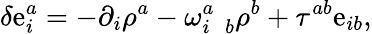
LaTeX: \delta\mathrm{e}_{i}^{a}=-\partial_{i}\rho^{a}-\omega_{i\; \; b}^{a}\rho^{b}+\tau^{ab}\mathrm{e}_{ib},